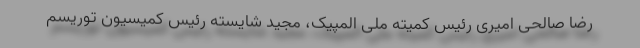
رضا صالحی امیری رئیس کمیته ملی المپیک، مجید شایسته رئیس کمیسیون توریسم